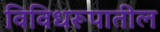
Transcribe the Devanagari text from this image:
विविधरूपातील